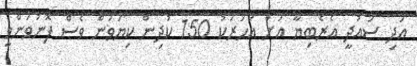
އަދި ސައުދީ އެެރެބިޔާ އަށް އަހަރަކު 150 ކުދިން ކިޔަވަން ވެސް ފޮނުވަންވީ